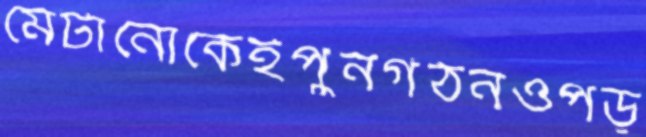
মেটানোকেইপুনর্গঠনওপড়